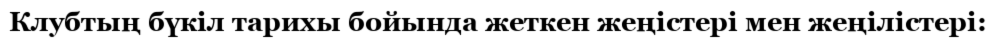
Клубтың бүкіл тарихы бойында жеткен жеңістері мен жеңілістері: